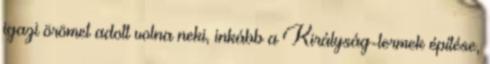
igazi örömet adott volna neki, inkább a Királyság-termek építése,